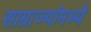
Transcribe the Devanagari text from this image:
साम्राज्यांमध्ये